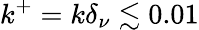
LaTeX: k^{+}=k\delta_{\nu}\lesssim 0.01